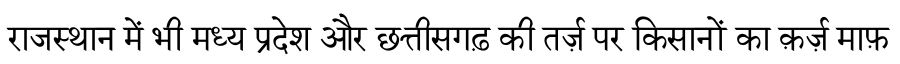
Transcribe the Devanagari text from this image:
राजस्थान में भी मध्य प्रदेश और छत्तीसगढ़ की तर्ज़ पर किसानों का क़र्ज़ माफ़